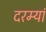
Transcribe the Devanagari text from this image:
दरम्यां